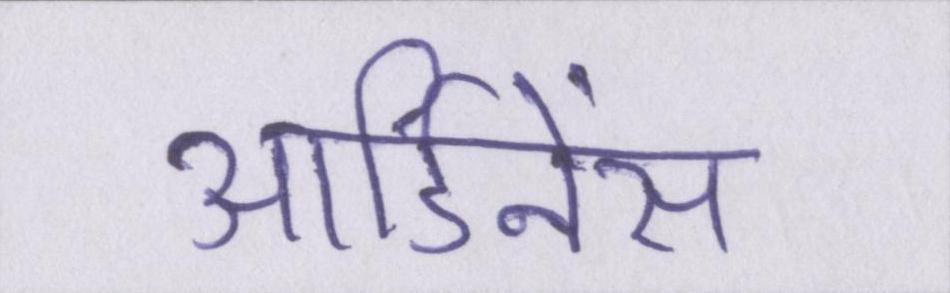
आर्डिनेंस